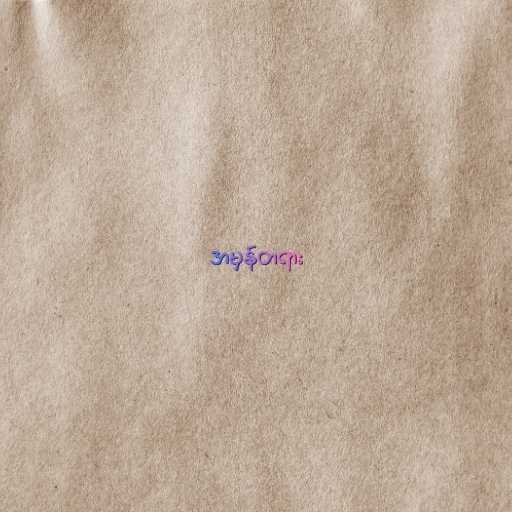
အမှန်တရား